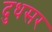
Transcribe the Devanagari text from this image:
दुधसर